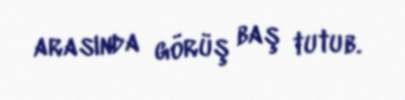
arasında görüş baş tutub.